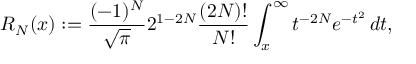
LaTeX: R _ { N } ( x ) : = { \frac { ( - 1 ) ^ { N } } { \sqrt { \pi } } } 2 ^ { 1 - 2 N } { \frac { ( 2 N ) ! } { N ! } } \int _ { x } ^ { \infty } t ^ { - 2 N } e ^ { - t ^ { 2 } } \, d t ,